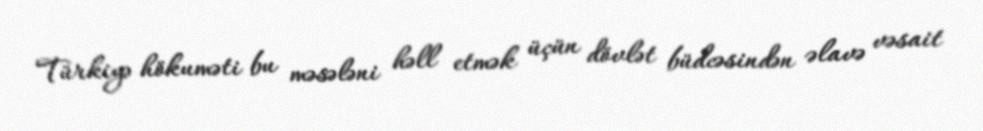
Türkiyə hökuməti bu məsələni həll etmək üçün dövlət büdcəsindən əlavə vəsait